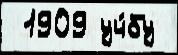
 1909 уч́бу